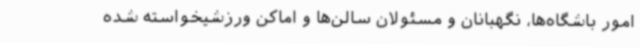
امور باشگاه‌ها، نگهبانان و مسئولان سالن‌ها و اماکن ورزشیخواسته شده